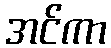
အင်ကာ